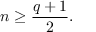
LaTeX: n \geq { \frac { q + 1 } { 2 } } .